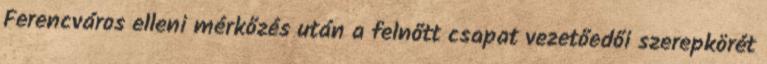
Ferencváros elleni mérkőzés után a felnőtt csapat vezetőedői szerepkörét